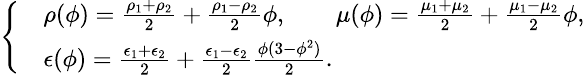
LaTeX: \small\left\{ \begin{array}{rl}&{\rho(\phi)=\frac{\rho_{1}+\rho_{2}}{2}+\frac{\rho_{1}-\rho_{2}}{2}\phi,\qquad\mu(\phi)=\frac{\mu_{1}+\mu_{2}}{2}+\frac{\mu_{1}-\mu_{2}}{2}\phi,}\\ &{\epsilon(\phi)=\frac{\epsilon_{1}+\epsilon_{2}}{2}+\frac{\epsilon_{1}-\epsilon_{2}}{2}\frac{\phi(3-\phi^{2})}{2}.}\end{array}\right.